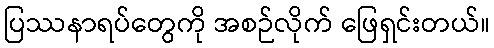
ပြဿနာရပ်တွေကို အစဉ်လိုက် ဖြေရှင်းတယ်။